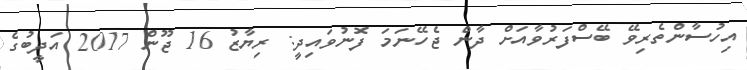
އިހުސާންތެރިވޭ ބޭސްފަރުވާއަށް ދާން ޖެހޭނަމަ ފޮނުވައިދީ: ރިޔާޒު 16 ޖޫން 2017 އަދީބުގެ